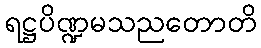
ရဋ္ဌပိဏ္ဍမသညတောတိ